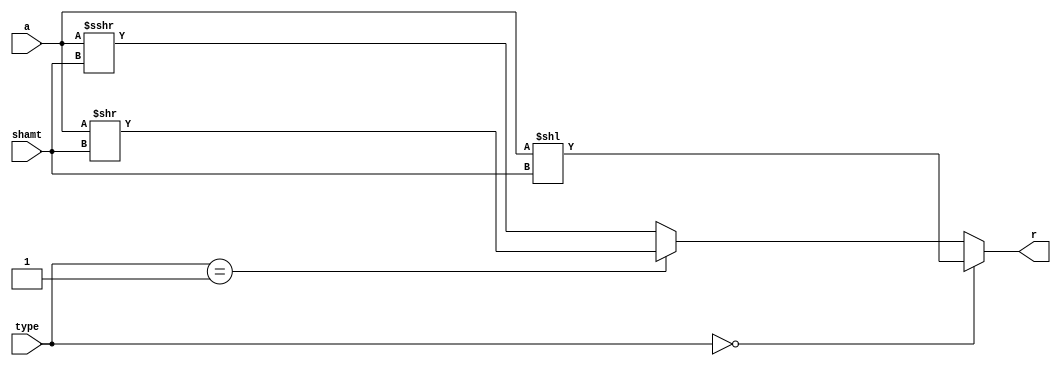
`timescale 1ns / 1ps
//////////////////////////////////////////////////////////////////////////////////
// Company: 
// Engineer: 
// 
// Design Name: 
// Module Name: shifter
// Project Name: 
// Target Devices: 
// Tool Versions: 
// Description: 
// 
// Dependencies: 
// 
// Revision:
// Revision 0.01 - File Created
// Additional Comments:
// 
//////////////////////////////////////////////////////////////////////////////////


module shifter(
    input [31:0] a,
    input [4:0] shamt,
    input [1:0] type,
    output reg [31:0] r
    );
    //MSB=func7 LSB=MSB func3
    always @(*) begin
        if(type==2'b00) //shift left
            r <=  a<<shamt;
        else if(type==2'b01) //shift right logical
            r <=  a>>shamt;
        else //shift right arithmatic
            r<= a>>>shamt;   
    end
endmodule